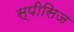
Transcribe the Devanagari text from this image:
स्पीसिज